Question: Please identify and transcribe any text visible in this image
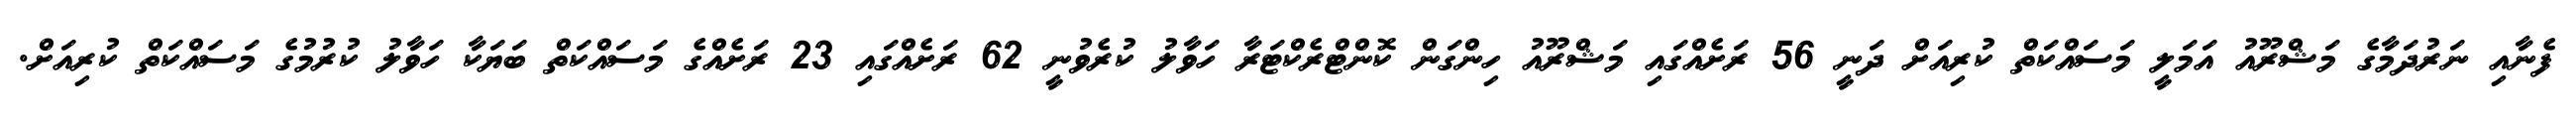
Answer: ފެނާއި ނަރުދަމާގެ މަޝްރޫއު އަމަލީ މަސައްކަތް ކުރިއަށް ދަނީ 56 ރަށެއްގައި މަޝްރޫއު ހިންގަން ކޮންޓްރެކްޓަރާ ހަވާލު ކުރެވުނީ 62 ރަށެއްގައި 23 ރަށެއްގެ މަސައްކަތް ބަޔަކާ ހަވާލު ކުރުމުގެ މަސައްކަތް ކުރިއަށް.